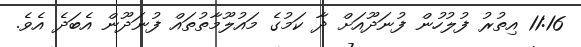
11:16 އިތުރު ފުލުހުން ފުނަދޫއަށް ދާ ކަމުގެ މައުލޫމާތުތައް ފުނަދޫން އެބަދެ އެވެ.